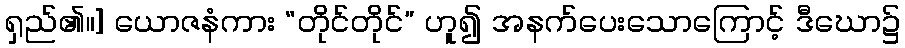
ရှည်၏။] ယောဇနံကား “တိုင်တိုင်” ဟူ၍ အနက်ပေးသောကြောင့် ဒီဃော၌